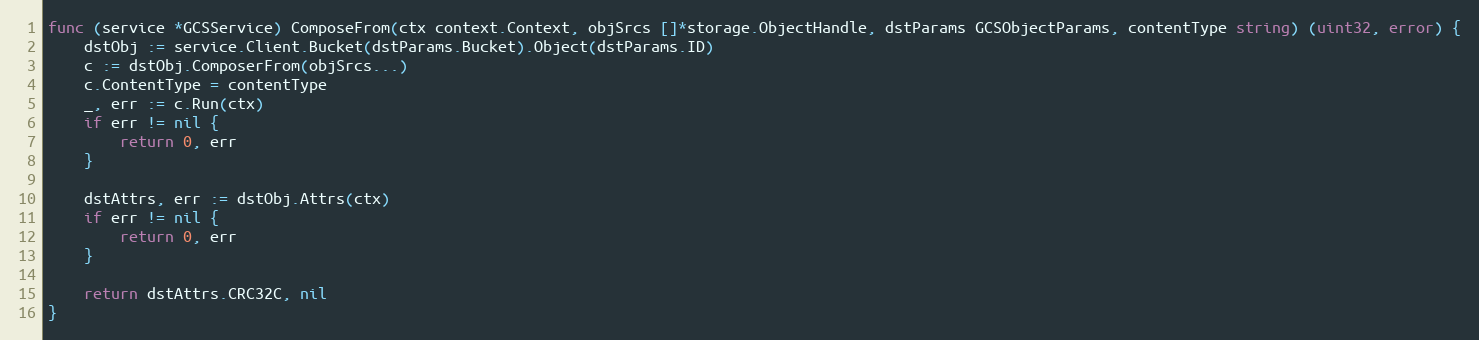
Language: Go
func (service *GCSService) ComposeFrom(ctx context.Context, objSrcs []*storage.ObjectHandle, dstParams GCSObjectParams, contentType string) (uint32, error) {
	dstObj := service.Client.Bucket(dstParams.Bucket).Object(dstParams.ID)
	c := dstObj.ComposerFrom(objSrcs...)
	c.ContentType = contentType
	_, err := c.Run(ctx)
	if err != nil {
		return 0, err
	}

	dstAttrs, err := dstObj.Attrs(ctx)
	if err != nil {
		return 0, err
	}

	return dstAttrs.CRC32C, nil
}